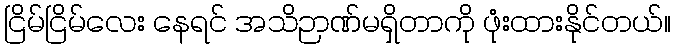
ငြိမ်ငြိမ်လေး နေရင် အသိဉာဏ်မရှိတာကို ဖုံးထားနိုင်တယ်။